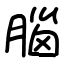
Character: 腦